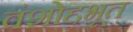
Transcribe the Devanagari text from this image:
वंशोद्दभूत